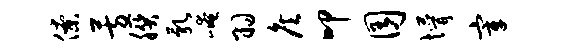
僚芳朕乳崦羽侯叩囿懵宰